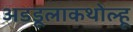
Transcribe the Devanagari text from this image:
अडडूलाकथोल्हू